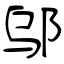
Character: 邬